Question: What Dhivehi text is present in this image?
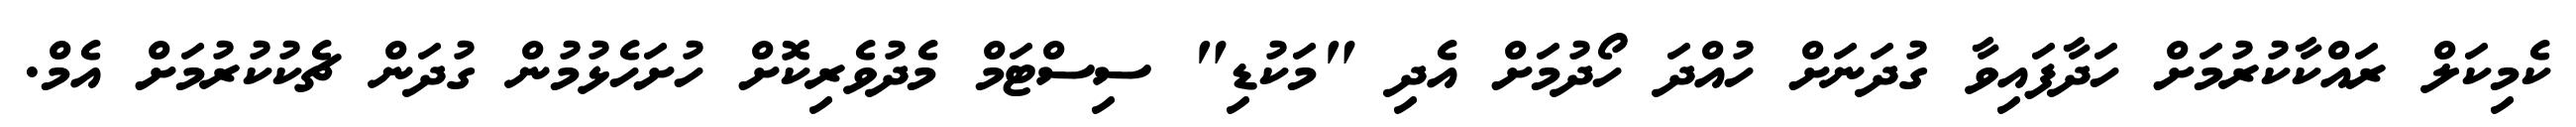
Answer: ކެމިކަލް ރައްކާކުރުމަށް ހަދާފައިވާ ގުދަނަށް ހުއްދަ ހޯދުމަށް އެދި "މަކުޑި" ސިސްޓަމް މެދުވެރިކޮށް ހުށަހެޅުމުން ގުދަން ޗެކުކުރުމަށް އެމް.